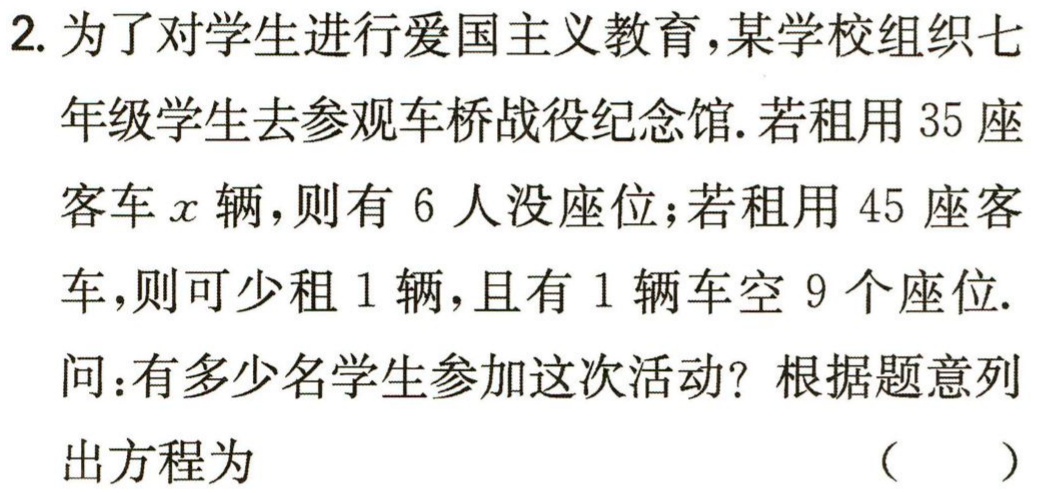
2. 为了对学生进行爱国主义教育，某学校组织七年级学生去参观车桥战役纪念馆. 若租用 \(35\) 座客车 \(x\) 辆，则有 \(6\) 人没座位；若租用 \(45\) 座客车，则可少租 \(1\) 辆，且有 \(1\) 辆车空 \(9\) 个座位. 问：有多少名学生参加这次活动？根据题意列出方程为 （  ）